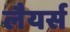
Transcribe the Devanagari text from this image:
लैयर्स